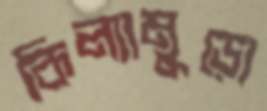
কিল্যামুড়ো